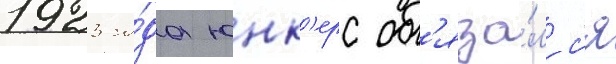
1923 го́да юнк'ерс об'яза́лс'я